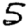
Digit: 5